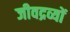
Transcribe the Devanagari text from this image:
जीवद्रव्यों